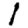
Digit: 1